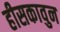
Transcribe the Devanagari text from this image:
हीसकावुन